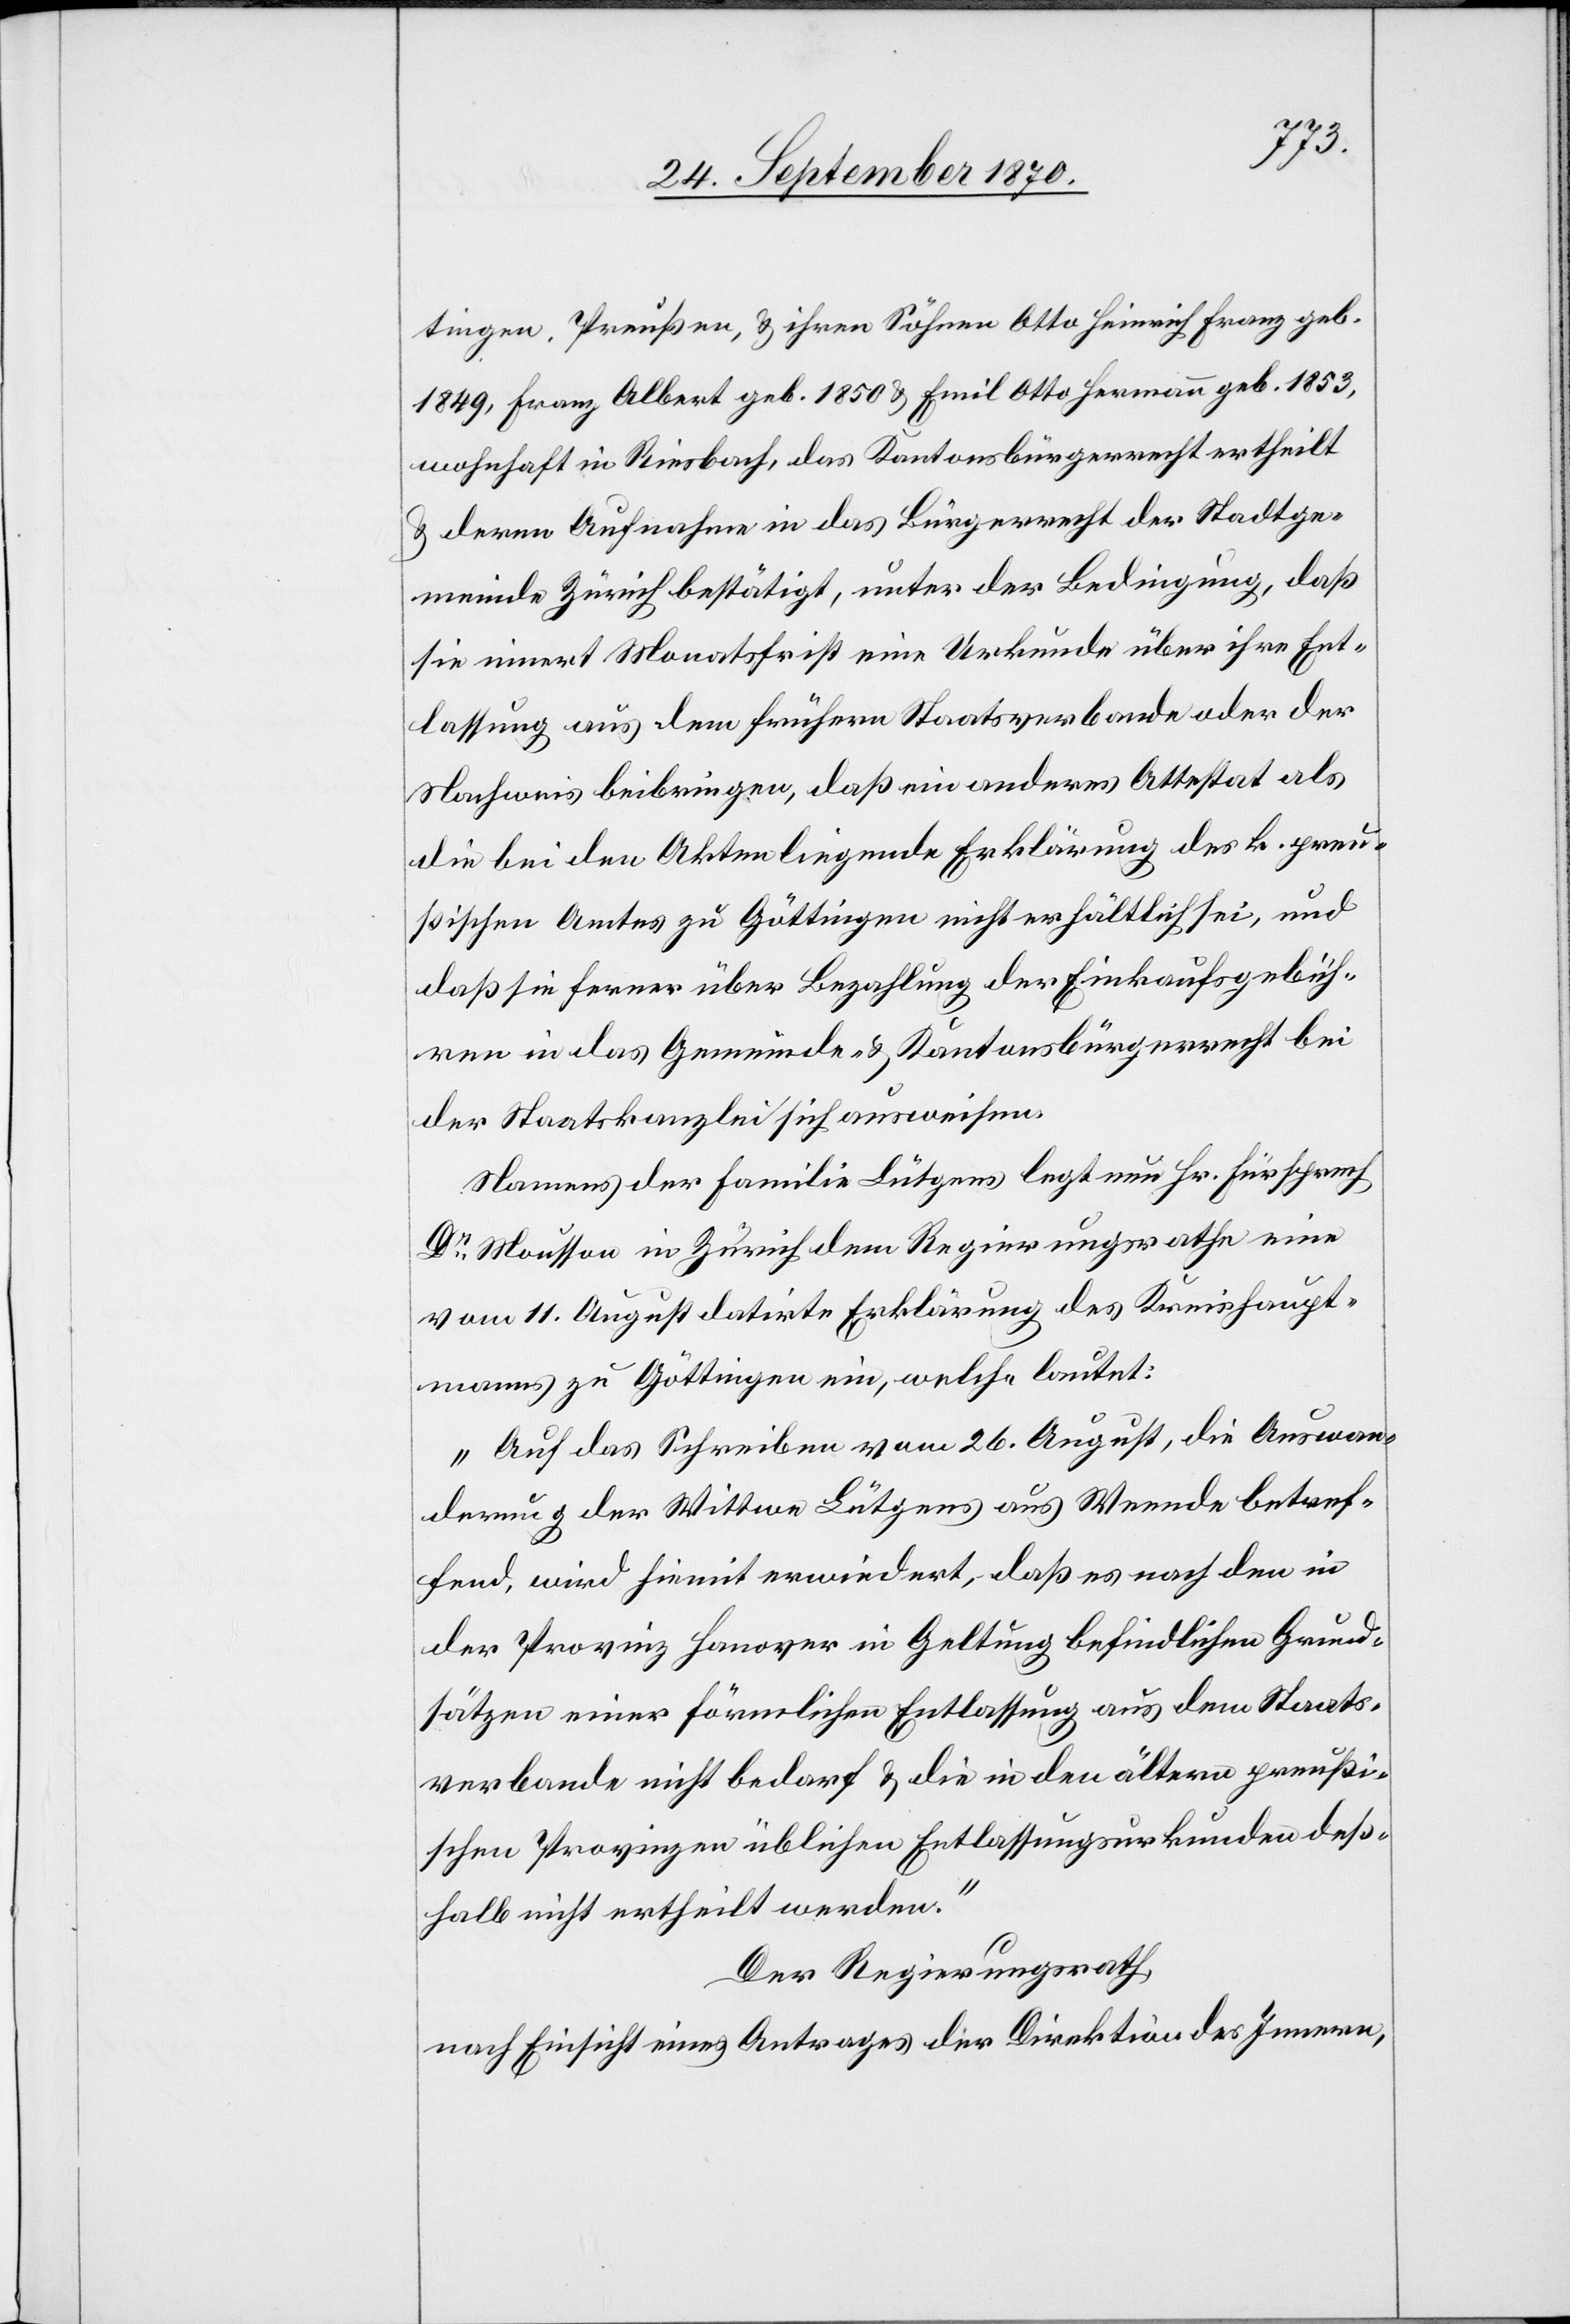
tingen, Preußen, & ihren Söhnen Otto Heinrich Franz geb.
1849, Franz Albert geb. 1850 & Emil Otto Hermann geb. 1853,
wohnhaft in Riesbach, das Kantonsbürgerrecht ertheilt
& deren Aufnahme in das Bürgerrecht der Stadtge¬
meinde Zürich bestätigt, unter der Bedingung, daß
sie innert Monatsfrist eine Urkunde über ihre Ent¬
lassung aus dem frühern Staatsverbande oder der
Nachweis beibringen, daß ein anderes Attestat als
die bei den Akten liegende Erklärung des k. preu¬
ßischen Amtes zu Göttingen nicht erhältlich sei, und
daß sie ferner über Bezahlung der Einkaufsgebüh¬
ren in das Gemeinde- & Kantonsbürgerrecht bei
der Staatskanzlei sich ausweisen.
Namens der Familie Lütgens legt nun Hr. Fürsprech
Dr Mousson in Zürich dem Regierungsrathe eine
vom 11. August datirte Erklärung des Kreishaupt¬
manns zu Göttingen ein, welche lautet:
„Auf das Schreiben vom 26. August, die Auswan¬
derung der Wittwe Lütgens aus Weende betref¬
fend, wird hiemit erwiedert, daß es nach den in
der Provinz Hanover in Geltung befindlichen Grund¬
sätzen einer förmlichen Entlassung aus dem Staats¬
verbande nicht bedarf & die in den ältern preußi¬
schen Provinzen üblichen Entlassungsurkunden deß¬
halb nicht ertheilt werden.“
Der Regierungsrath,
nach Einsicht eines Antrages der Direktion des Innern,